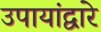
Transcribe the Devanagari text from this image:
उपायांद्वारे